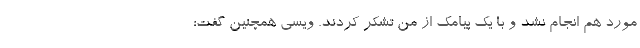
مورد هم انجام نشد و با یک پیامک از من تشکر کردند. ویسی همچنین گفت: